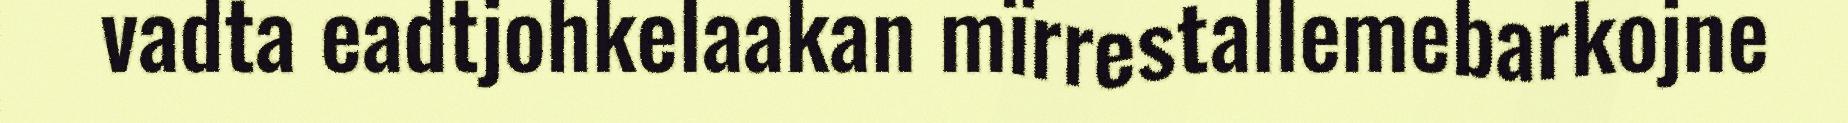
vadta eadtjohkelaakan mïrrestallemebarkojne